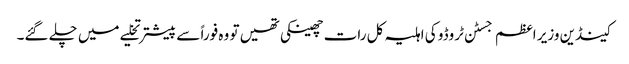
کینڈین وزیر اعظم جسٹن ٹروڈو کی اہلیہ کل رات چھینکی تھیں تو وہ فوراً سے پیشتر تخلیے میں چلے گئے۔